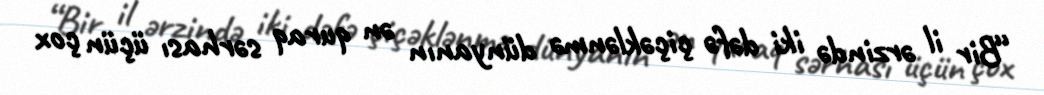
“Bir il ərzində iki dəfə çiçəklənmə dünyanın ən quraq sərhası üçün çox